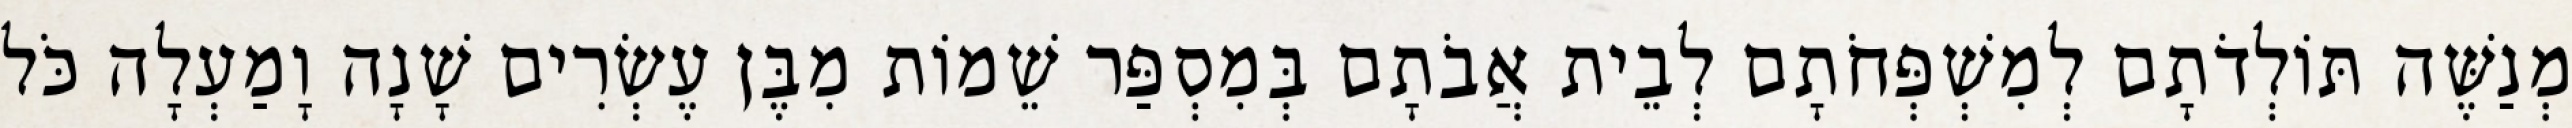
מְנַשֶּׁה תּוֹלְדֹתָם לְמִשְׁפְּחֹתָם לְבֵית אֲבֹתָם בְּמִסְפַּר שֵׁמוֹת מִבֶּן עֶשְׂרִים שָׁנָה וָמַעְלָה כֹּל